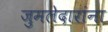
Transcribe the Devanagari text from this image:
जुमलेदारांना